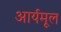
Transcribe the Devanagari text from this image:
आर्यमूल